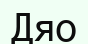
Дяо